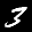
Label: 3